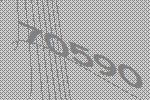
70590